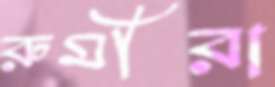
রুমীরা